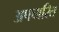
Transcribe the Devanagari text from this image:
अपचारित